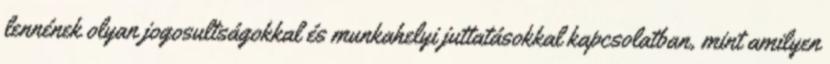
lennének olyan jogosultságokkal és munkahelyi juttatásokkal kapcsolatban, mint amilyen